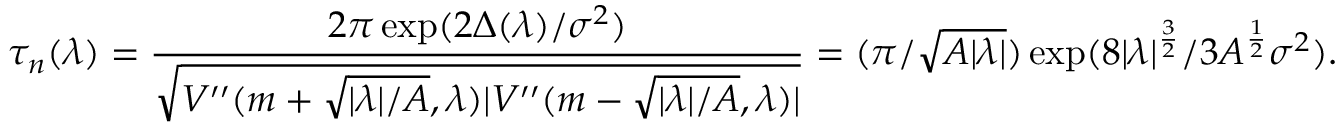
\tau _ { n } ( \lambda ) = \frac { 2 \pi \exp ( 2 \Delta ( \lambda ) / \sigma ^ { 2 } ) } { \sqrt { V ^ { \prime \prime } ( m + \sqrt { | \lambda | / A } , \lambda ) | V ^ { \prime \prime } ( m - \sqrt { | \lambda | / A } , \lambda ) | } } = ( \pi / \sqrt { A | \lambda | } ) \exp ( 8 | \lambda | ^ { \frac { 3 } { 2 } } / 3 A ^ { \frac 1 2 } \sigma ^ { 2 } ) .